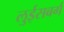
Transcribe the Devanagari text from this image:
लुईसबर्ग